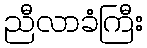
ညီလာခံကြီး